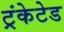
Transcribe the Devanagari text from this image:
ट्रंकेटेड